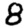
Digit: 8